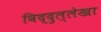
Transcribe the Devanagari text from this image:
विद्दुल्लेखा